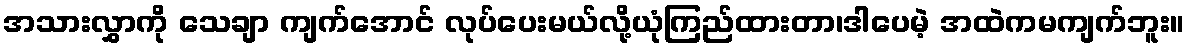
အသားလွှာကို သေချာ ကျက်အောင် လုပ်ပေးမယ်လို့ယုံကြည်ထားတာ၊ဒါပေမဲ့ အထဲကမကျက်ဘူး။